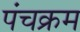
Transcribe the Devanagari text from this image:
पंचक्रम